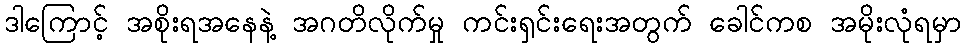
ဒါကြောင့် အစိုးရအနေနဲ့ အဂတိလိုက်မှု ကင်းရှင်းရေးအတွက် ခေါင်ကစ အမိုးလုံရမှာ